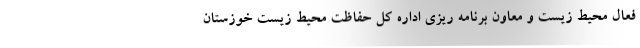
فعال محیط زیست و معاون برنامه ریزی اداره کل حفاظت محیط زیست خوزستان